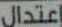
إعتدال